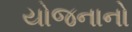
યોજનાનો